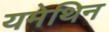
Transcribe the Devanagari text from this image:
यमेथिन